Medical and sanitary report of the native army of Madras for the year
Year: 1872
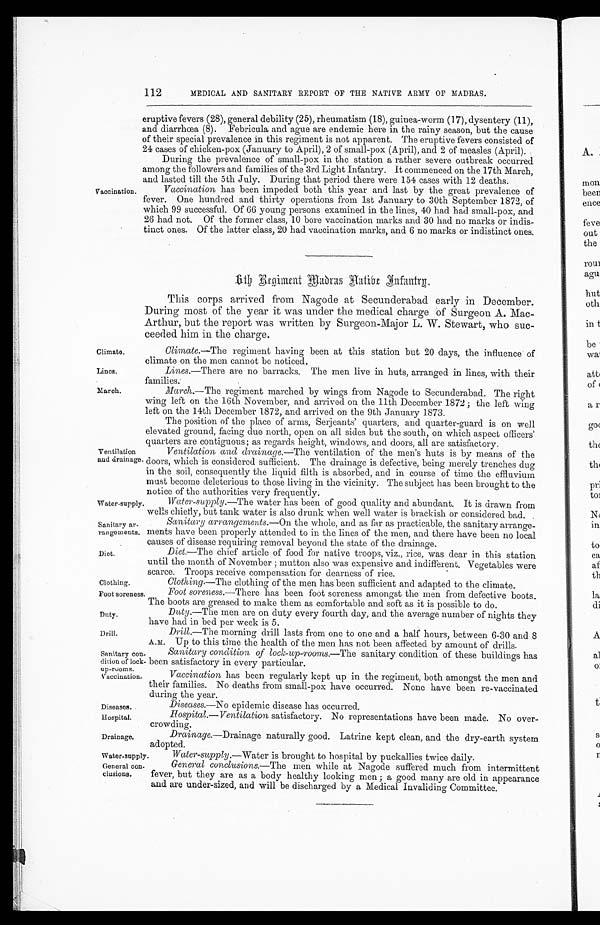
Climate.
Lines.
Water-supply.
Sanitary ar
-rangements.
Diet.
Clothing.
Foot soreness
Duty.
Diseases.
Hospital.
Drainage.
Water-supply.
General con
-clusions.
112
MEDICAL AND SANITARY REPORT OF THE NATIVE ARMY OF MADRAS.
Vaccination.
eruptive fevers (28), general debility (25), rheumatism (18), guinea-worm (17), dysentery (11),
and diarrhœa (8). Febricula and ague are endemic here in the rainy season, but the cause
of their special prevalence in this regiment is not apparent. The eruptive fevers consisted of
24 cases of chicken-pox (January to April), 2 of small-pox (April), and 2 of measles (April).
During the prevalence of small-pox in the station a rather severe outbreak occurred
among the followers and families of the 3rd Light Infantry. It commenced on the 17th March,
and lasted till the 5th July. During that period there were 154 cases with 12 deaths.
Vaccination has been impeded both this year and last by the great prevalence of
fever. One hundred and thirty operations from 1st January to 30th September 1872, of
which 99 successful. Of 66 young persons examined in the lines, 40 had had small-pox, and
26 had not. Of the former class, 10 bore vaccination marks and 30 had no marks or indis
-tinct ones. Of the latter class, 20 had vaccination marks, and 6 no marks or indistinct ones.
6th Regiment Madras A atibe Infantry.
This corps arrived from Nagode at Secunderabad early in December.
During most of the year it was under the medical charge of Surgeon A. Mac
-Arthur, but the report was written by Surgeon-Major L. W. Stewart, who suc
-ceeded him in the charge.
Climate.—The regiment having been at this station but 20 days, the influence of
climate on the men cannot be noticed.
Lines. —There are no barracks. The men live in huts, arranged in lines, with their families.
March.
Ventilation
and drainage.
March. —The regiment marched by wings from Nagode to Secunderabad. The right
wing left on the 16th November, and arrived on the 11th December 1872; the left wing
left on the 14th December 1872, and arrived on the 9th January 1873.
The position of the place of arms, Serjeants' quarters, and quarter-guard is on well
elevated ground, facing due north, open on all sides but the south, on which aspect officers'
quarters are contiguous; as regards height, windows, and doors, all are satisfactory.
Ventilation and drainage.—The ventilation of the men's huts is by means of the
doors, which is considered sufficient. The drainage is defective, being merely trenches dug
in the soil, consequently the liquid filth is absorbed, and in course of time the effluvium
must become deleterious to those living in the vicinity. The subject has been brought to the
notice of the authorities very frequently.
Water-supply.—The water has been of good quality and abundant. It is drawn from
wells chiefly, but tank water is also drunk when well water is brackish or considered bad.
Sanitary arrangements.— On the whole, and as far as practicable, the sanitary arrange
-ments have been properly attended to in the lines of the men, and there have been no local
causes of disease requiring removal beyond the state of the drainage.
Diet.—The chief article of food for native troops, viz., rice, was dear in this station
until the month of November ; mutton also was expensive and indifferent. Vegetables were
scarce. Troops receive compensation for dearness of rice.
Clothing—The clothing of the men has been sufficient and adapted to the climate.
Foot soreness.— There has been foot soreness amongst the men from defective boots.
The boots are greased to make them as comfortable and soft as it is possible to do.
Duty. —The men are on duty every fourth day, and the average number of nights they
have had in bed per week is 5.
Drill.
Sanitary con
-dition of lock
-up-rooms.
Vaccination.
Drill.—The morning drill lasts from one to one and a half hours, between 6-30 and 8
A.M. Up to this time the health of the men has not been affected by amount of drills.
Sanitary condition of lock-up-rooms.— The sanitary condition of these buildings has
been satisfactory in every particular.
Vaccination has been regularly kept up in the regiment, both amongst the men and
their families. No deaths from small-pox have occurred. None have been re-vaccinated
during the year.
Diseases.—No epidemic disease has occurred.
Hospital.—Ventilation satisfactory. No representations have been made. No over
-crowding.
Drainage.—Drainage naturally good. Latrine kept clean, and the dry-earth system
adopted.
Water-supply. —Water is brought to hospital by puckallies twice daily.
General, conclusions.— The men while at Nagode suffered much from intermittent
fever, but they are as a body healthy looking men ; a good many are old in appearance
and are under-sized, and will be discharged by a Medical Invaliding Committee.